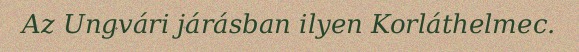
Az Ungvári járásban ilyen Korláthelmec.